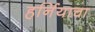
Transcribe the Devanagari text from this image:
हर्नियाचा